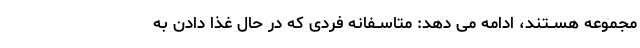
مجموعه هســتند، ادامه مى دهد: متاســفانه فردى که در حال غذا دادن به